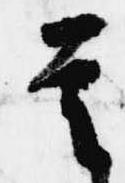
是